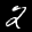
Label: 2